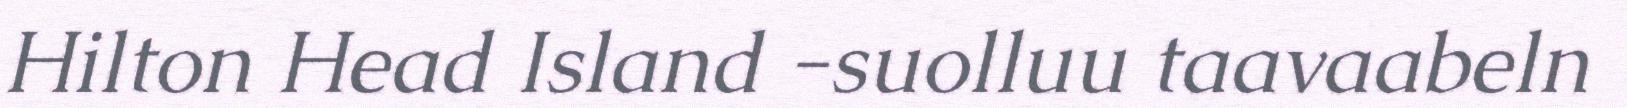
Hilton Head Island -suolluu taavaabeln